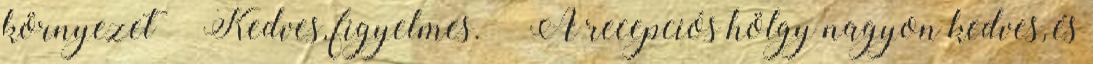
környezet” „Kedves, figyelmes.” „A recepciós hölgy nagyon kedves, és